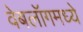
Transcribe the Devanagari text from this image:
वेबलॉगमध्ये